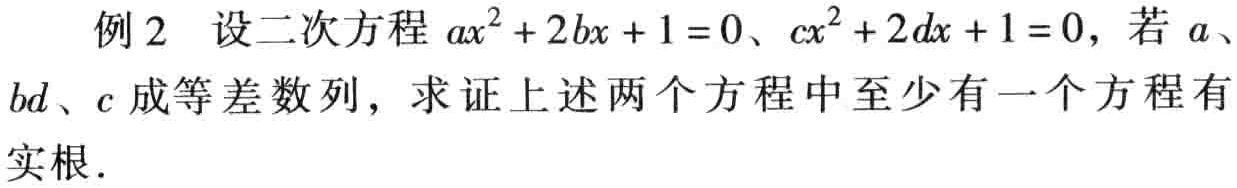
例2 设二次方程 \(ax^{2}+2bx + 1 = 0\)、\(cx^{2}+2dx + 1 = 0\)，若 \(a\)、\(bd\)、\(c\) 成等差数列，求证上述两个方程中至少有一个方程有实根.